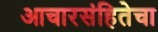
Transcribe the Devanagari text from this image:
आचारसंहितेचा